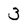
Character: 3